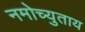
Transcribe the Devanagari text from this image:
नमोच्युताय